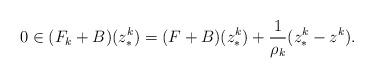
LaTeX: \begin{align*}0 \in(F_k+B)(z^k_*) = (F+B)(z^k_*)+\frac{1}{\rho_k}(z^k_*-z^k). \end{align*}